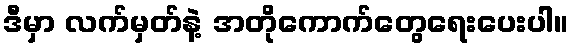
ဒီမှာ လက်မှတ်နဲ့ အတိုကောက်တွေရေးပေးပါ။